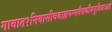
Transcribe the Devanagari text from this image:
गावात१निवासीवबाह्यरुग्णवैद्यकीयसुविधाआहे